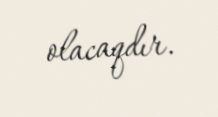
olacaqdır.